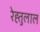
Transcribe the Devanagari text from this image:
रेह्तुलाल